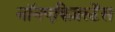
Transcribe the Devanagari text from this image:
नॉनएक्ज़िस्टेंस